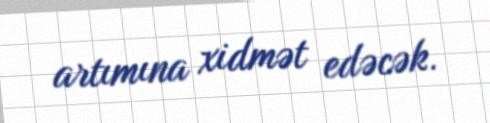
artımına xidmət edəcək.